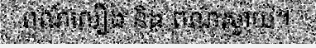
ពណ៌លឿង និង ពណ៌ស្វាយ។